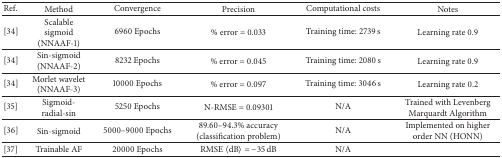
| Ref. | Method | Convergence | Precision | Computational costs | Notes |
 | --- | --- | --- | --- | --- | --- |
 | [34] | Scalable sigmoid (NNAAF-1) | 6960 Epochs | % error = 0.033 | Training time: 2739 s | Learning rate 0.9 |
 | [34] | Sin-sigmoid (NNAAF-2) | 8232 Epochs | % error = 0.045 | Training time: 2080 s | Learning rate 0.9 |
 | [34] | Morlet wavelet(NNAAF-3) | 10000 Epochs | % error = 0.097 | Training time: 3046 s | Learning rate 0.2 |
 | [35] | Sigmoid-radial-sin | 5250 Epochs | N-RMSE = 0.09301 | N/A | Trained with Levenberg Marquardt Algorithm |
 | [36] | Sin-sigmoid | 5000–9000 Epochs | 89.60–94.3% accuracy (classification problem) | N/A | Implemented on higher order NN (HONN) |
 | [37] | Trainable AF | 20000 Epochs | RMSE 〈dB〉 = −35 dB | N/A |  |